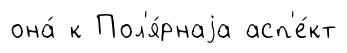
она́ к Пол'я́рнаjа асп'е́кт